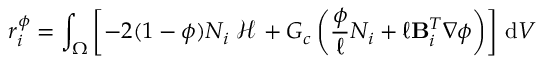
r _ { i } ^ { \phi } = \int _ { \Omega } \left[ - 2 ( 1 - \phi ) N _ { i } \left. \mathcal { H } \right. + G _ { c } \left( \frac { \phi } { \ell } N _ { i } + \ell \mathbf { B } _ { i } ^ { T } \nabla \phi \right) \right] \, \mathrm { d } V